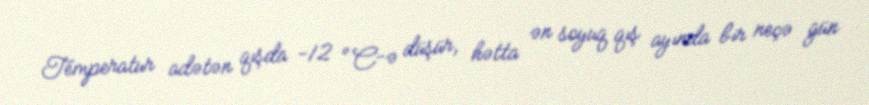
Temperatur adətən qışda −12 °C-ə düşür, hətta ən soyuq qış ayında bir neçə gün